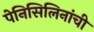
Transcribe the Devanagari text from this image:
पेनिसिलिनांची